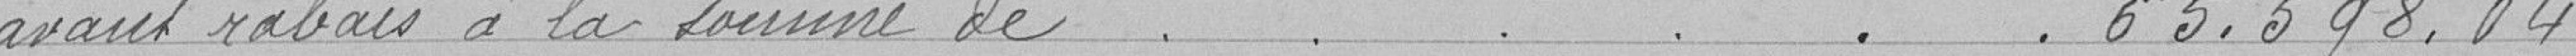
" avant rabais à la somme de 65 598,04